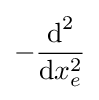
-{\frac {{\textrm {d}}^{2}}{{\textrm {d}}x_{e}^{2}}}